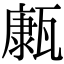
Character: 𤮊